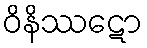
ဝိနိဿဋော